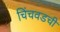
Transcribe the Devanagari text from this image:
चिंचवडची